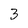
Character: 3